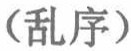
（乱序）